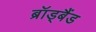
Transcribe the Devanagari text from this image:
ब्रॉड्बैंड